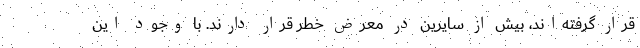
قرار گرفته‌اند، بیش از سایرین در معرض خطر قرار دارند. با وجود این